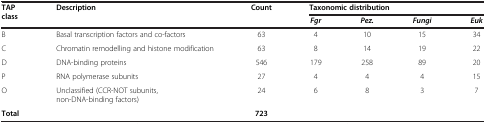
<table><thead><tr><td><b>TAP class</b></td><td><b>Description</b></td><td><b>Count</b></td><td colspan="4"><b>Taxonomic distribution</b></td></tr><tr><td><b> </b></td><td><b> </b></td><td><b> </b></td><td><b><i>Fgr</i></b></td><td><b><i>Pez.</i></b></td><td><b><i>Fungi</i></b></td><td><b><i>Euk</i></b></td></tr></thead><tbody><tr><td>B</td><td>Basal transcription factors and co-factors</td><td>63</td><td>4</td><td>10</td><td>15</td><td>34</td></tr><tr><td>C</td><td>Chromatin remodelling and histone modification</td><td>63</td><td>8</td><td>14</td><td>19</td><td>22</td></tr><tr><td>D</td><td>DNA-binding proteins</td><td>546</td><td>179</td><td>258</td><td>89</td><td>20</td></tr><tr><td>P</td><td>RNA polymerase subunits</td><td>27</td><td>4</td><td>4</td><td>4</td><td>15</td></tr><tr><td>O</td><td>Unclassified (CCR-NOT subunits, non-DNA-binding factors)</td><td>24</td><td>6</td><td>8</td><td>3</td><td>7</td></tr><tr><td><b>Total</b></td><td> </td><td><b>723</b></td><td> </td><td> </td><td> </td><td> </td></tr></tbody></table>